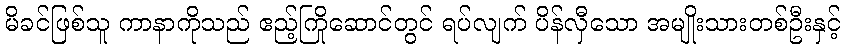
မိခင်ဖြစ်သူ ကာနာကိုသည် ဧည့်ကြိုဆောင်တွင် ရပ်လျက် ပိန်လှီသော အမျိုးသားတစ်ဦးနှင့်